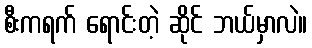
စီးကရက် ရောင်းတဲ့ ဆိုင် ဘယ်မှာလဲ။